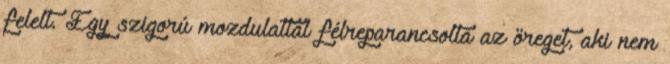
felelt. Egy szigorú mozdulattal félreparancsolta az öreget, aki nem